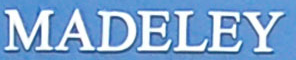
MADELEY